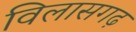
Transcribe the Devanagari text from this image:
विलासगढ़